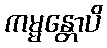
ကမ္မန္တောပိ